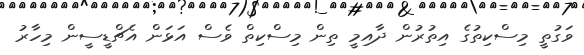
ވަގުތީ މިސްކިތުގެ އިތުރުން ދާއިމީ ތިން މިސްކިތް ވެސް އަޅަން އެޗްޑީސީން މިހާރު